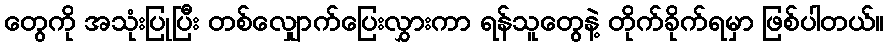
တွေကို အသုံးပြုပြီး တစ်လျှောက်ပြေးလွှားကာ ရန်သူတွေနဲ့ တိုက်ခိုက်ရမှာ ဖြစ်ပါတယ်။